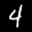
Label: 4